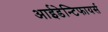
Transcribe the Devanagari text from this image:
आईडेन्टिफायर्स